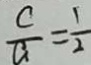
\frac { c } { a } = \frac { 1 } { 2 }